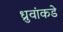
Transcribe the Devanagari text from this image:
ध्रुवांकडे